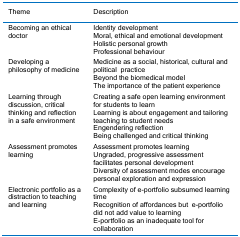
<table><thead><tr><td><b>Theme</b></td><td><b>Description</b></td></tr></thead><tbody><tr><td rowspan="4">Becoming an ethical doctor</td><td>Identity development</td></tr><tr><td>Moral, ethical and emotional development</td></tr><tr><td>Holistic personal growth</td></tr><tr><td>Professional behaviour</td></tr><tr><td rowspan="3">Developing a philosophy of medicine</td><td>Medicine as a social, historical, cultural and politicalpractice</td></tr><tr><td>Beyond the biomedical model</td></tr><tr><td>The importance of the patient experience</td></tr><tr><td rowspan="4">Learning through discussion, criticalthinking and reflection in a safe environment</td><td>Creating a safe open learning environment for students to learn</td></tr><tr><td>Learning is about engagement and tailoring teaching to student needs</td></tr><tr><td>Engendering reflection</td></tr><tr><td>Being challenged and critical thinking</td></tr><tr><td rowspan="3">Assessment promotes learning</td><td>Assessment promotes learning</td></tr><tr><td>Ungraded, progressive assessmentfacilitates personal development</td></tr><tr><td>Diversity of assessment modes encourage personal exploration and expression</td></tr><tr><td rowspan="3">Electronic portfolio as a distraction to teaching and learning</td><td>Complexity of e-portfolio subsumed learning time</td></tr><tr><td>Recognition of affordances bute-portfolio did not add value to learning</td></tr><tr><td>E-portfolio as an inadequate tool for collaboration</td></tr></tbody></table>